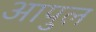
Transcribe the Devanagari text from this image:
आपुल